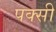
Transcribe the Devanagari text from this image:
पक्सी